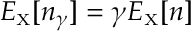
E _ { \scriptscriptstyle \mathrm { X } } [ n _ { \gamma } ] = \gamma E _ { \scriptscriptstyle \mathrm { X } } [ n ]